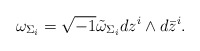
\begin{align*}\omega_{\Sigma_{i}}=\sqrt{-1}\tilde{\omega}_{\Sigma_{i}}dz^{i}\wedge d\bar{z}^{i}.\end{align*}